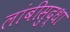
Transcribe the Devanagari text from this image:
लांबीसुद्धा